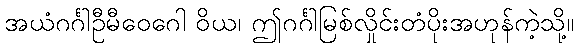
အယံဂင်္ဂါဦမီဝေဂေါ ဝိယ၊ ဤဂင်္ဂါမြစ်လှိုင်းတံပိုးအဟုန်ကဲ့သို့။